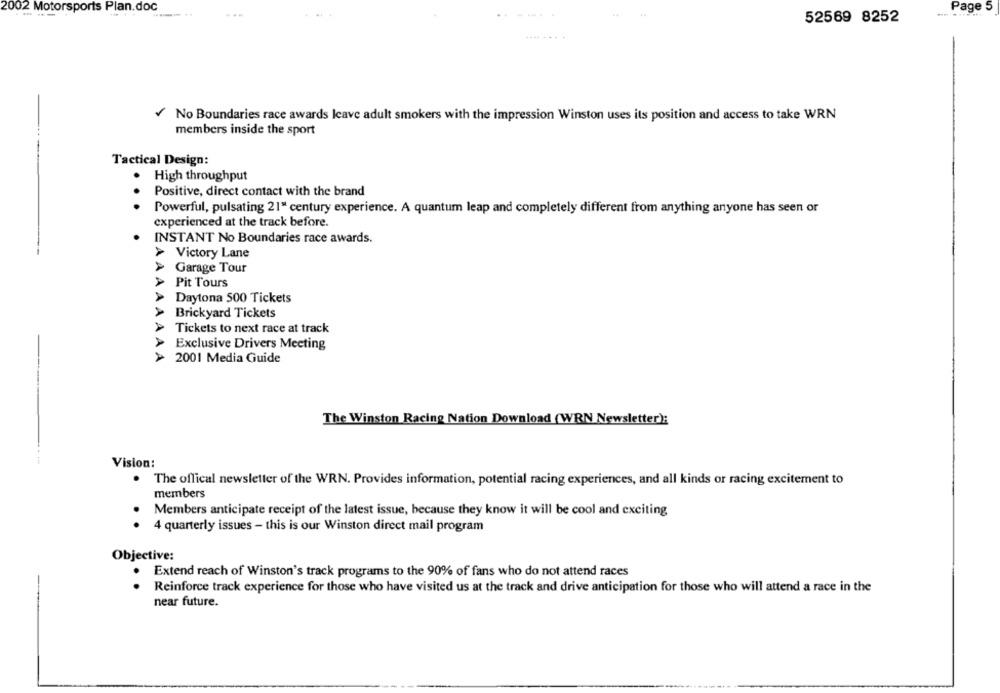
2002 Motorsports Plan.doc
Page 5
52569 8252
No Boundaries race awards Icave adult smokers with the impression Winston uses its position and access to take WRN
members inside the sport
Tactical Design:
High throughput
Positive, direct contact with the brand
. .
Powerful, pulsating 21" century experience. A quantum leap and completely different from anything anyone has seen or
experienced at the track before.
INSTANT No Boundaries race awards.
Victory Lane
Garage Tour
Pit Tours
Daytona 500 Tickets
> Brickyard Tickets
Tickets to next race at track
Exclusive Drivers Meeting
AAAAAAAA
2001 Media Guide
The Winston Racing Nation Download (WRN Newsletter):
Vision:
The offical newsletter of the WRN. Provides information, potential racing experiences, and all kinds or racing excitement to
members
Members anticipate receipt of the latest issue, because they know it will be cool and exciting
.
4 quarterly issues - this is our Winston direct mail program
Objective:
Extend reach of Winston's track programs to the 90% of fans who do not attend races
Reinforce track experience for those who have visited us at the track and drive anticipation for those who will attend a race in the
near future.